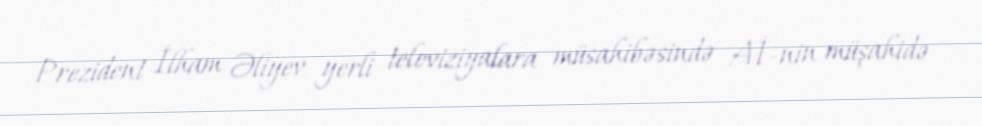
Prezident İlham Əliyev yerli televiziyalara müsahibəsində Aİ-nin müşahidə